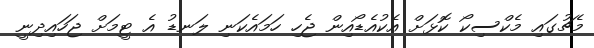
މެޗުގައި މެކްސިކޯ ކޮޅަށް އެކުއެޑޯއިން ޖެހި ހަމައެކަނި ލަނޑު އެ ޓީމަށް ޖަހައިދިނީ